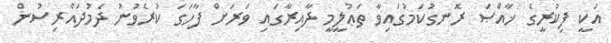
އަކީ ފިކުރީގެ ޚާއްޞަ ރޮނގުކަމުގައިވާ ތަޢުލީމީ ދާއިރާގައި ވަރަށް ފާހަގަ ކުރެވުނު ދެމުދައްރިސުން